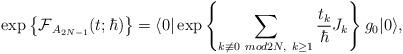
LaTeX: \begin{align*}\exp \left\{ \mbox{$\cal{F}$}_{A_{2N-1}} (t ; \hbar) \right \}=\langle 0 | \exp \left\{ \sum_{ k \not\equiv 0 ~mod2N ,~ k \geq 1} \frac{t_k}{\hbar}J_k \right\} g_0| 0 \rangle ,\end{align*}